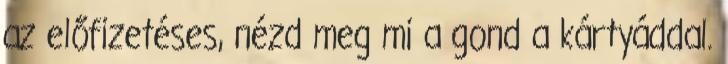
az előfizetéses, nézd meg mi a gond a kártyáddal.